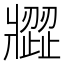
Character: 𤖗